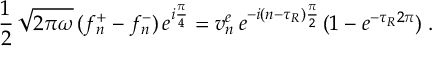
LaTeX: \frac { 1 } { 2 } \, \sqrt { 2 \pi \omega } \, ( f _ { n } ^ { + } - f _ { n } ^ { - } ) \, e ^ { i { \frac { \pi } { 4 } } } = v _ { n } ^ { e } \, e ^ { - i ( n - \tau _ { R } ) { \frac { \pi } { 2 } } } \, ( 1 - e ^ { - \tau _ { R } 2 \pi } ) \; .